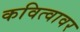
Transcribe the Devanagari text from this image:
कवित्वावर